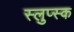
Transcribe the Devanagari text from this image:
स्लुप्स्क